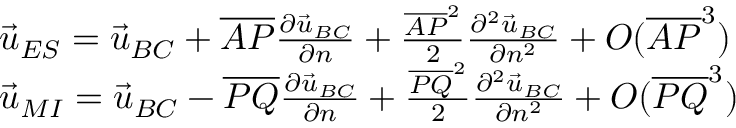
\begin{array} { r l } & { \vec { u } _ { E S } = \vec { u } _ { B C } + \overline { { A P } } \frac { \partial \vec { u } _ { B C } } { \partial n } + \frac { \overline { { A P } } ^ { 2 } } { 2 } \frac { \partial ^ { 2 } \vec { u } _ { B C } } { \partial n ^ { 2 } } + O ( \overline { { A P } } ^ { 3 } ) } \\ & { \vec { u } _ { M I } = \vec { u } _ { B C } - \overline { { P Q } } \frac { \partial \vec { u } _ { B C } } { \partial n } + \frac { \overline { { P Q } } ^ { 2 } } { 2 } \frac { \partial ^ { 2 } \vec { u } _ { B C } } { \partial n ^ { 2 } } + O ( \overline { { P Q } } ^ { 3 } ) } \end{array}